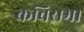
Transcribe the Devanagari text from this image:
कविसभा